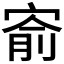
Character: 𡩗